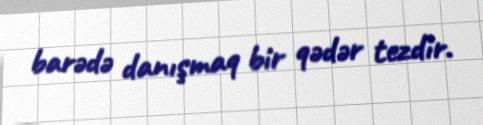
barədə danışmaq bir qədər tezdir.